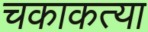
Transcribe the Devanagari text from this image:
चकाकत्या